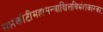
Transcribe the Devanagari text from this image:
सप्तकोटीमहामन्त्राश्चित्तविभ्रंशकारकाः